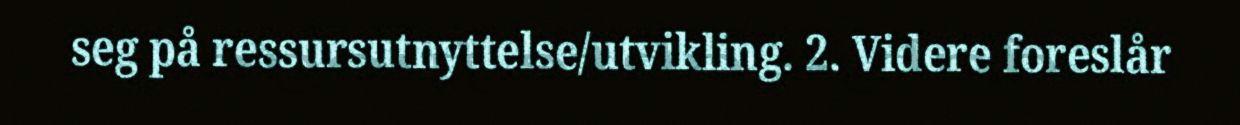
seg på ressursutnyttelse/utvikling. 2. Videre foreslår